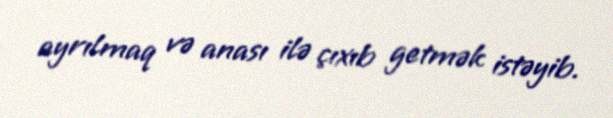
ayrılmaq və anası ilə çıxıb getmək istəyib.